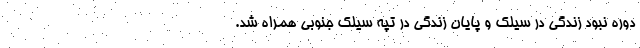
دوره نبود زندگی در سیلک و پایان زندگی در تپه سیلک جنوبی همراه شد.